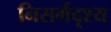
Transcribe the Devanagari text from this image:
निसर्गदृश्य